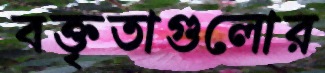
বক্তৃতাগুলোর